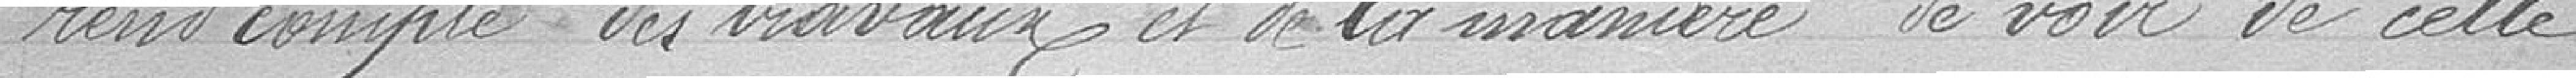
rend compte des travaux et de la manière de voir de cette